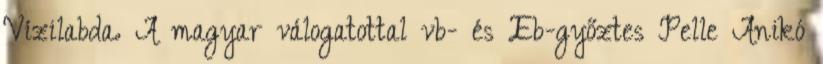
Vízilabda. A magyar válogatottal vb- és Eb-győztes Pelle Anikó